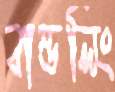
বান্ডলিং